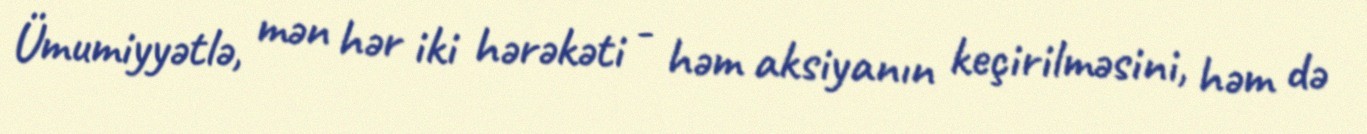
Ümumiyyətlə, mən hər iki hərəkəti - həm aksiyanın keçirilməsini, həm də